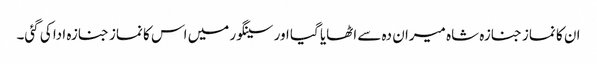
ان کا نماز جنازہ شاہ میران دہ سے اٹھایا گیا اور سینگور میں اس کا نماز جنازہ ادا کی گئی۔